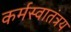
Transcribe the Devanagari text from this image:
कर्मस्वातंत्रय